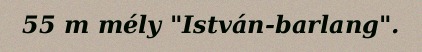
55 m mély "István-barlang".